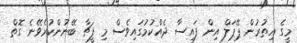
މީގެ އިތުރުން ޕޭޕަލް އިން ފައިސާ ދެއްކުމުގައިވެސް މި ފީޗާ ބޭނުންކުރެވޭނެ ގޮތް